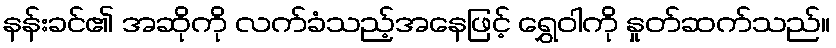
နန်းခင်၏ အဆိုကို လက်ခံသည့်အနေဖြင့် ရွှေဝါကို နှုတ်ဆက်သည်။